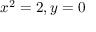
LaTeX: x ^ { 2 } = 2 , y = 0